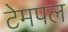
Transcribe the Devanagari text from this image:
टेमपल